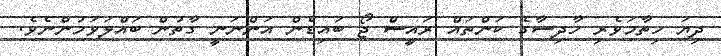
ދިޔަ ހިތާމަވެރި ހާދިސާގެ ކަންތައް ރައީސް ޖޯ ބައިޑެން އަންނަނީ ގާތުން ބައްލަވަމުންނެވެ.